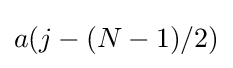
a(j-(N-1)/2)